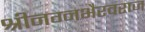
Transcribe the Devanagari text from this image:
श्रीनग्नभैरवराज